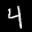
Label: 4